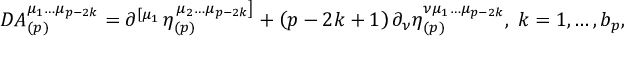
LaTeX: D A _ { ( p ) } ^ { \mu _ { 1 } \ldots \mu _ { p - 2 k } } = \partial ^ { \left[ \mu _ { 1 } \right. } \eta _ { ( p ) } ^ { \left. \mu _ { 2 } \ldots \mu _ { p - 2 k } \right] } + \left( p - 2 k + 1 \right) \partial _ { \nu } \eta _ { ( p ) } ^ { \nu \mu _ { 1 } \ldots \mu _ { p - 2 k } } , \; k = 1 , \ldots , b _ { p } ,